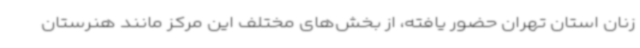
زنان استان تهران حضور یافته، از بخش‌های مختلف این مرکز مانند هنرستان